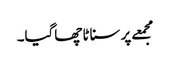
مجمعے پر سناٹا چھاگیا۔